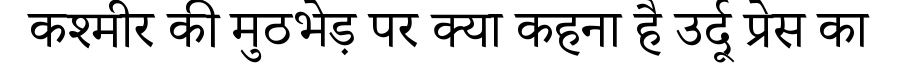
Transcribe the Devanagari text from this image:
कश्मीर की मुठभेड़ पर क्या कहना है उर्दू प्रेस का